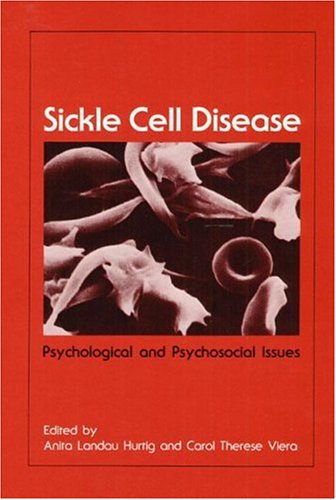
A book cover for Sickle Cell Disease: Psychological and Psychosocial Issues; Health, Fitness & Dieting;